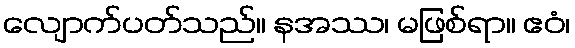
လျောက်ပတ်သည်။ နအဿ၊ မဖြစ်ရာ။ ဧဝံ၊